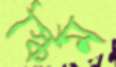
স্কিম